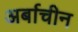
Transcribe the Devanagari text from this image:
अर्बाचीन